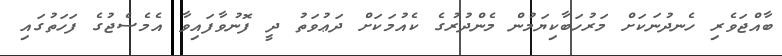
ބާއްޖަވެރި ހެނދުނަކަށް މަރުހަބާކިޔަމުން މެންދުރުގެ ކެއުމަކަށް ދަޢުވަތު ދީ ފޮނުވާފައިވާ އެމެސެޖުގެ ފަހަތުގައި